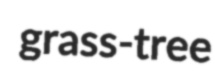
grass-tree